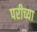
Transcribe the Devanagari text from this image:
परीच्या